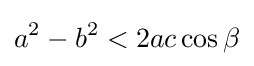
a^{2}-b^{2}<2ac\cos \beta